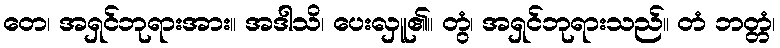
တေ၊ အရှင်ဘုရားအား။ အဒါသိ၊ ပေးလှူ၏။ တွံ၊ အရှင်ဘုရားသည်။ တံ ဘတ္တံ၊